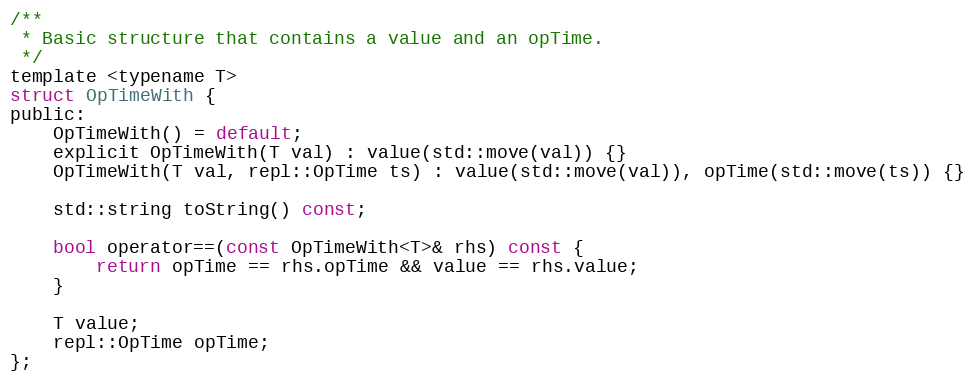
Language: C
/**
 * Basic structure that contains a value and an opTime.
 */
template <typename T>
struct OpTimeWith {
public:
    OpTimeWith() = default;
    explicit OpTimeWith(T val) : value(std::move(val)) {}
    OpTimeWith(T val, repl::OpTime ts) : value(std::move(val)), opTime(std::move(ts)) {}

    std::string toString() const;

    bool operator==(const OpTimeWith<T>& rhs) const {
        return opTime == rhs.opTime && value == rhs.value;
    }

    T value;
    repl::OpTime opTime;
};